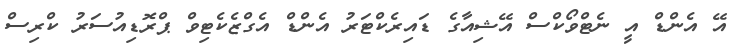
އޭ އެންޑް އީ ނެޓްވޯކްސް އޭޝިއާގެ ޑައިރެކްޓަރު އެންޑް އެގްޒެކެޓިވް ޕްރޮޑިއުސަރު ކްރިސް